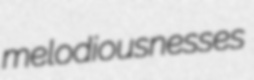
melodiousnesses